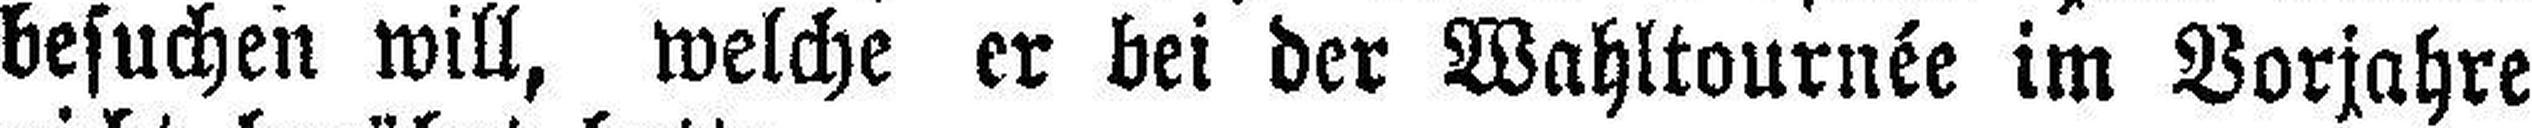
besuchen will, welche er bei der Wahltournée im Vorjahre